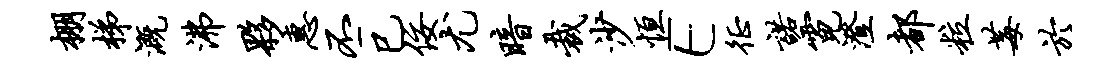
棚梯溉沸夥惠丕巳佞尤暗裁沙恒E徵诺霓澄都粒莓於